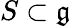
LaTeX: S\subset{\mathfrak{g}}